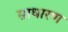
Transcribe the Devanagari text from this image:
साधारण्‍ा